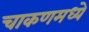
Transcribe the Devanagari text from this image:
चाकणमध्ये